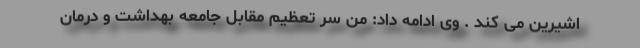
اشیرین می کند . وی ادامه داد: من سر تعظیم مقابل جامعه بهداشت و درمان